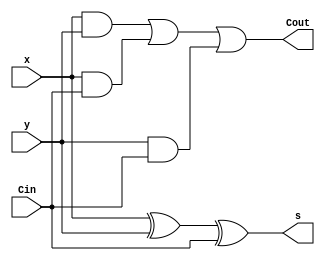
module fulladder(Cin, x, y, s, Cout);
input Cin, x, y;
output s, Cout;
assign s = x ^ y ^ Cin;
assign Cout = (x & y) | (x & Cin) | (y & Cin);
endmodule